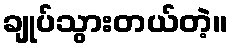
ချုပ်သွားတယ်တဲ့။